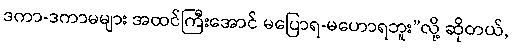
ဒကာ-ဒကာမများ အထင်ကြီးအောင် မပြောရ-မဟောရဘူး”လို့ ဆိုတယ်,